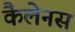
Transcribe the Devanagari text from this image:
कैलेनस